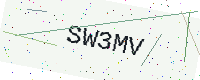
Text: SW3MV